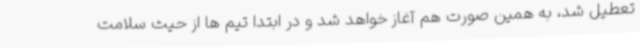
تعطیل شد، به همین صورت هم آغاز خواهد شد و در ابتدا تیم ها از حیث سلامت